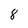
Character: 8